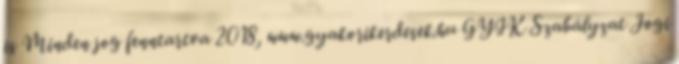
is Minden jog fenntartva 2018, www.gyakorikerdesek.hu GYIK Szabályzat Jogi